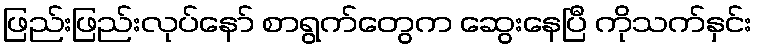
ဖြည်းဖြည်းလုပ်နော် စာရွက်တွေက ဆွေးနေပြီ ကိုသက်နှင်း